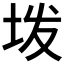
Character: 𫭨